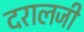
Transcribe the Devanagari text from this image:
दरालजी